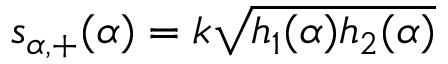
\mathfrak { s } _ { \alpha , + } ( \alpha ) = k \sqrt { h _ { 1 } ( \alpha ) h _ { 2 } ( \alpha ) }